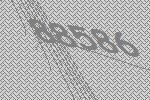
88586